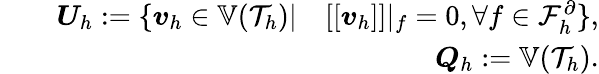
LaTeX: \begin{array}{rlr}&{}&{\boldsymbol{U}_{h}:=\{ \boldsymbol{v}_{h}\in\mathbb{V}(\mathcal{T}_{h})\vert\quad[[\boldsymbol{v}_{h}]]\vert_{f}=0,\forall f\in\mathcal{F}_{h}^{\partial}\} ,}\\ &{}&{\boldsymbol{Q}_{h}:=\mathbb{V}(\mathcal{T}_{h}).}\end{array}